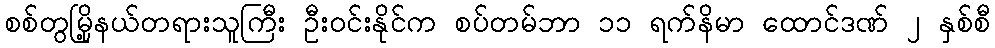
စစ်တွမြို့နယ်တရားသူကြီး ဦးဝင်းနိုင်က စပ်တမ်ဘာ ၁၁ ရက်နိမာ ထောင်ဒဏ် ၂ နှစ်စီ